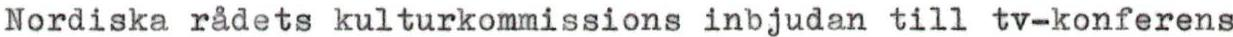
Nordiska rådets kulturkommissions inbjudan till tv-konferens